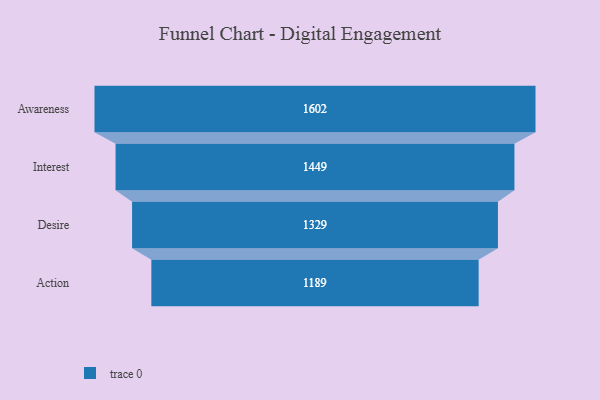
{"axis": {"x": "Stage", "y": "Value"}, "legend": [""], "data": [{"x": "Awareness", "y": 1602.0, "type": ""}, {"x": "Interest", "y": 1449.0, "type": ""}, {"x": "Desire", "y": 1329.0, "type": ""}, {"x": "Action", "y": 1189.0, "type": ""}]}